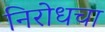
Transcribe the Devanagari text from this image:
निरोधचा